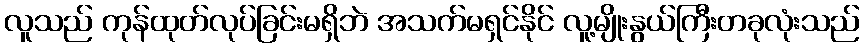
လူသည် ကုန်ထုတ်လုပ်ခြင်းမရှိဘဲ အသက်မရှင်နိုင် လူ့မျိုးနွယ်ကြီးတခုလုံးသည်